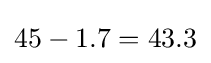
45-1.7=43.3